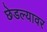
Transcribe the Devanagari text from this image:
छेडल्यावर